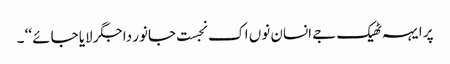
پر ایہہ ٹھیک جے انسان نوں اک نجست جانور دا جگر لایا جائے ‘‘ ۔